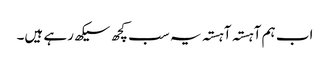
اب ہم آہستہ آہستہ یہ سب کچھ سیکھ رہے ہیں۔